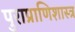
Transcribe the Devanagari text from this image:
पुराप्राणिशास्त्र